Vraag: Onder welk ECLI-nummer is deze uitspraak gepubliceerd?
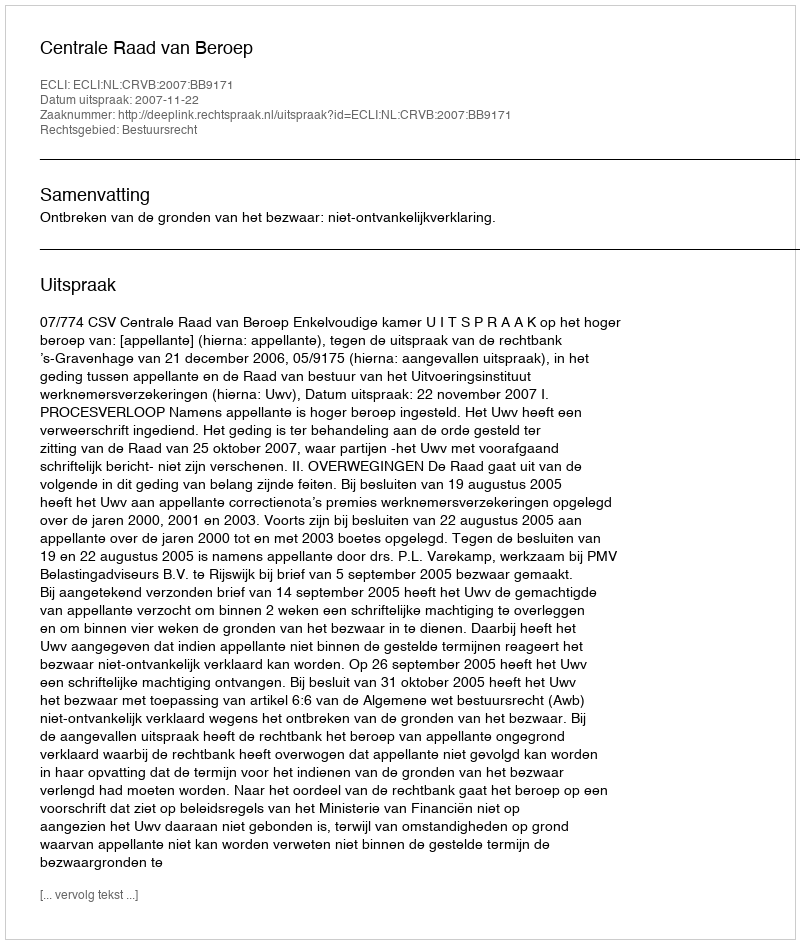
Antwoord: ECLI:NL:CRVB:2007:BB9171